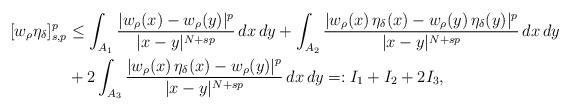
LaTeX: \begin{align*}[w_\rho \eta_\delta]_{s,p}^p &\le \int_{A_1} \frac{|w_\rho(x) - w_\rho(y)|^p}{|x - y|^{N+sp}}\, dx\, dy + \int_{A_2} \frac{|w_\rho(x)\, \eta_\delta(x) - w_\rho(y)\, \eta_\delta(y)|^p}{|x - y|^{N+sp}}\, dx\, dy \\& + 2 \int_{A_3} \frac{|w_\rho(x)\, \eta_\delta(x) - w_\rho(y)|^p}{|x - y|^{N+sp}}\, dx\, dy =: I_1 + I_2 + 2 I_3,\end{align*}